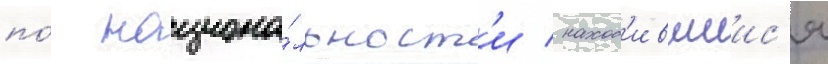
по́ национа́льност'и / наход'ившиис'я